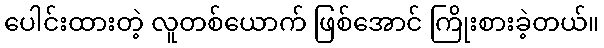
ပေါင်းထားတဲ့ လူတစ်ယောက် ဖြစ်အောင် ကြိုးစားခဲ့တယ်။